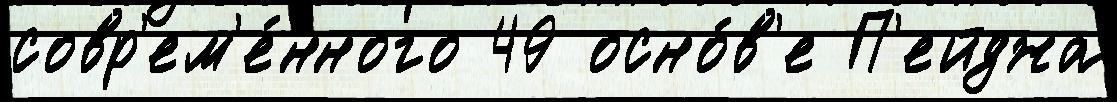
совр'ем'е́нного 49 осно́в'е П'ейджа